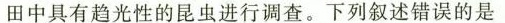
田中具有趋光性的昆虫进行调查。下列叙述错误的是